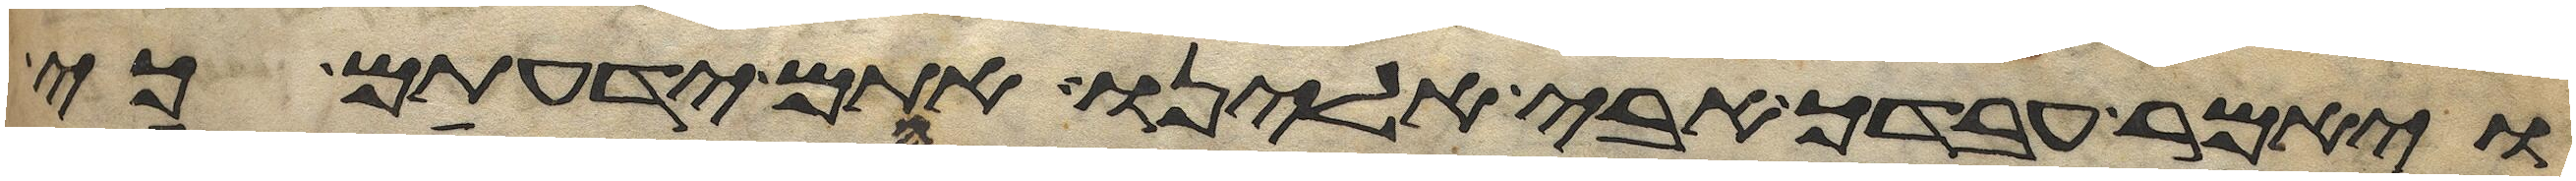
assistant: ויאמר עבדך אבי אלינו אתם ידעתם כי